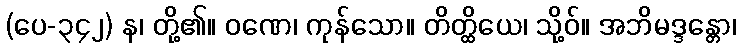
(ပေ-၃၄၂) န၊ တို့၏။ ဝဏေ၊ ကုန်သော။ တိတ္ထိယေ၊ သို့ဝ်။ အဘိမဒ္ဒန္တော၊